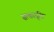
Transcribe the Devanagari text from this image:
सत्कादृष्टि